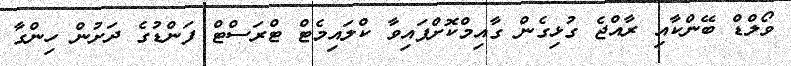
ވޯލްޑް ބޭންކާއި ރާއްޖެ ގުޅިގެން ގާއިމްކޮށްފައިވާ ކްލައިމެޓް ޓްރަސްޓް ފަންޑުގެ ދަށުން ހިންގާ